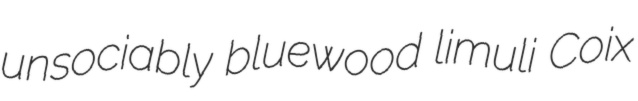
unsociably bluewood limuli Coix